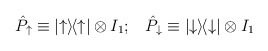
\begin{align*}\hat{P}_{\uparrow} \equiv |{\uparrow}\rangle\!\langle {\uparrow}|\otimes I_1; \; \; \;\hat{P}_{\downarrow} \equiv |{\downarrow}\rangle\!\langle{\downarrow}| \otimes I_1\end{align*}